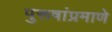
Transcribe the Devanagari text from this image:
पुरूषांप्रमाणे